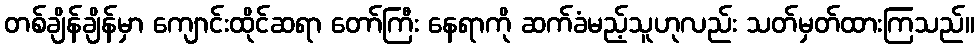
တစ်ချိန်ချိန်မှာ ကျောင်းထိုင်ဆရာ တော်ကြီး နေရာကို ဆက်ခံမည့်သူဟုလည်း သတ်မှတ်ထားကြသည်။